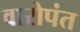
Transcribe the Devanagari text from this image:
वारोपंत